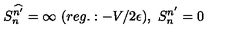
S _ { n } ^ { \widehat { n ^ { \prime } } } = \infty \ ( r e g . : - V / 2 \epsilon ) , \ S _ { n } ^ { n ^ { \prime } } = 0